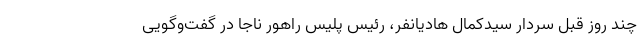
چند روز قبل سردار سیدکمال ‌هادیانفر، رئیس پلیس راهور ناجا در گفت‌وگویی